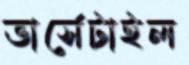
ভার্সেটাইল